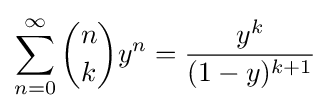
\sum _{n=0}^{\infty }{n \choose k}y^{n}={\frac {y^{k}}{(1-y)^{k+1}}}